Civil Veterinary Department. United Provinces 1923-31 - 1923-1931
Year: 1923
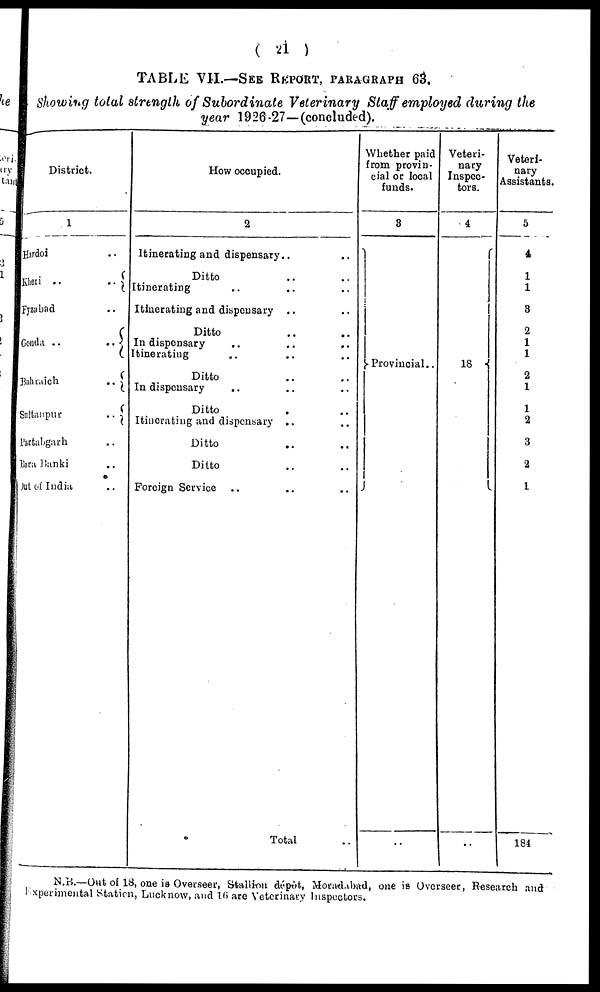
( 21 )
TABLE VII.—SEE REPORT, PARAGRAPH 63.
Showing total strength of Subordinate Veterinary Staff employed during the
year 1926-27—(concluded).
District.
1
Hardoi
Kheri ..
Fyzabad
Gonda . .
Bahraich
Sultanpur
Partabgarh
Bara Banki
Jul of India
..
..
..
..
..
..
..
..
..
How occupied.
2
Itinerating and dispensary.. ..
Ditto .. ..
Itinerating .. .. ..
Itinerating and dispensary .. ..
Ditto .. ..
In dispensary
..
..
..
Itinerating .. .. ..
Ditto .. ..
In dispensary .. ..
Ditto .. ..
Itinerating and dispensary .. ..
Ditto .. ..
Ditto .. ..
Foreign Service .. .. ..
Total ..
Whether paid
from provin-
cial or local
funds.
3
Provincial..
..
Veteri-
nary
Inspec-
tors.
4
18
..
Veteri-
nary
Assistants.
5
4
1
1
8
2
1
1
2
1
1
2
3
2
1
184
N.B.—Out of 18, one is Overseer, Stallion dépôt, Moradabad, one is Overseer, Research and
Experimental Station, Lucknow, and 16 are Veterinary Inspectors.